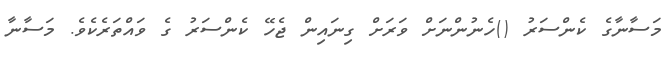
މަސާނާގެ ކެންސަރު ()ހެނުންނަށް ވަރަށް ގިނައިން ޖެހޭ ކެންސަރު ގެ ވައްތަރެކެވެ. މަސާނާ